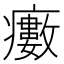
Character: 𤻺